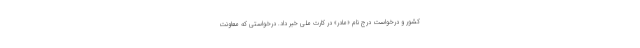
کشور و درخواست درج نام «مادر» در کارت ملی خبر داد. درخواستی که معاونت